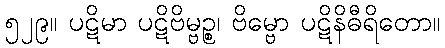
၅၂၉။ ပဋိမာ ပဋိဗိမ္ဗဉ္စ၊ ဗိမ္ဗော ပဋိနိဓီရိတော။